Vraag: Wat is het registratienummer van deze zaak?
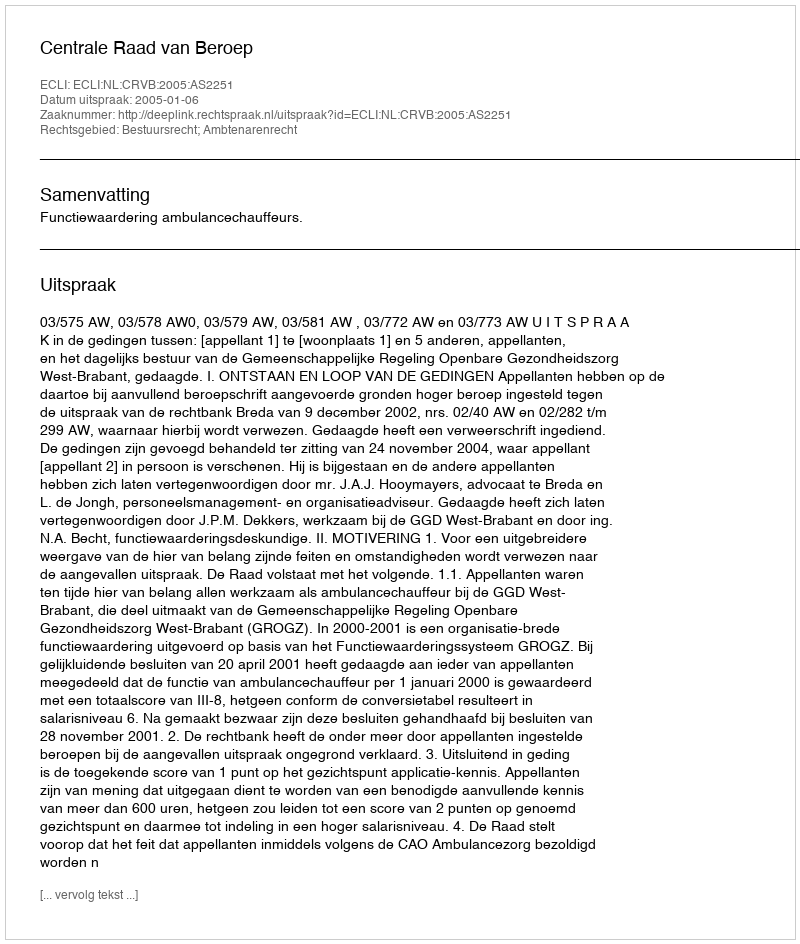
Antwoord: http://deeplink.rechtspraak.nl/uitspraak?id=ECLI:NL:CRVB:2005:AS2251